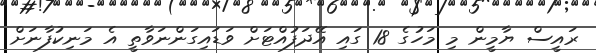
ރައީސް ޔާމީން މި މަހުގެ 18 ގައި އޭދަފުއްޓަށް ވަޑައިގަންނަވާތީ އެ މަނިކުފާނަށް